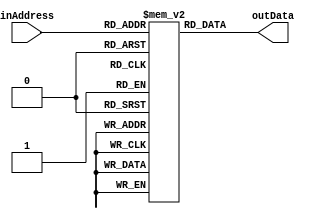
module ProgramMemory #(parameter IN_BUS_WIDTH = 8, parameter OUT_BUS_WIDTH = 17)
							(
								inAddress, 
								outData
							);
							
							input wire [IN_BUS_WIDTH - 1:0] inAddress;
							
							output reg [OUT_BUS_WIDTH - 1:0] outData; 
							
							reg [OUT_BUS_WIDTH - 1:0] pMemory [0:255];
							
							integer i;
							initial begin
								for(i = 0; i < 256; i = i+1) begin
									pMemory[i] <= 17'b0000_0000_0000_00000;
								end

								pMemory[0] <= 17'b10001_001_000_011110; // add $R1, $R0, 30
                                pMemory[1] <= 17'b0000_0000_0000_00000; // exit
							end
							
							always @(*) begin
								outData <= pMemory[inAddress];
							end

endmodule